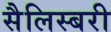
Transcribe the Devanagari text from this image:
सैलिस्बरी